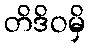
တိဒိဝမှိ